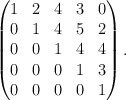
\begin{align*} \begin{pmatrix} 1 & 2 & 4 & 3 & 0 \\ 0 & 1 & 4 & 5 & 2\\ 0 & 0 & 1 & 4 & 4 \\ 0 & 0 & 0 & 1 & 3 \\ 0 & 0 & 0 & 0 & 1 \end{pmatrix}. \end{align*}